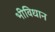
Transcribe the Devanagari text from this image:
भीविधान